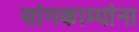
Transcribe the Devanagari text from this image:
सांगकाम्यांना